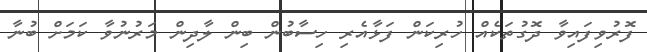
ފޮރުވިފައިވާ ދޮގުތަކެއް ހުރިކަން ފަޅާއެރި ހިސާބުން ބިން ލާދިން މަރުނުވާ ކަމަށް ބުނާ